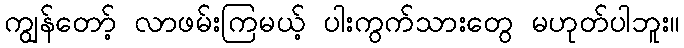
ကျွန်တော့် လာဖမ်းကြမယ့် ပါးကွက်သားတွေ မဟုတ်ပါဘူး။